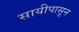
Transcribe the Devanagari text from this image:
सायीपासून